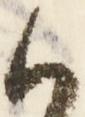
御